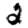
Digit: 2